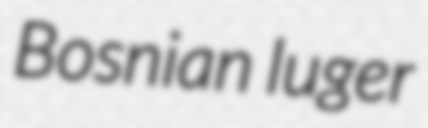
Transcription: Bosnian luger